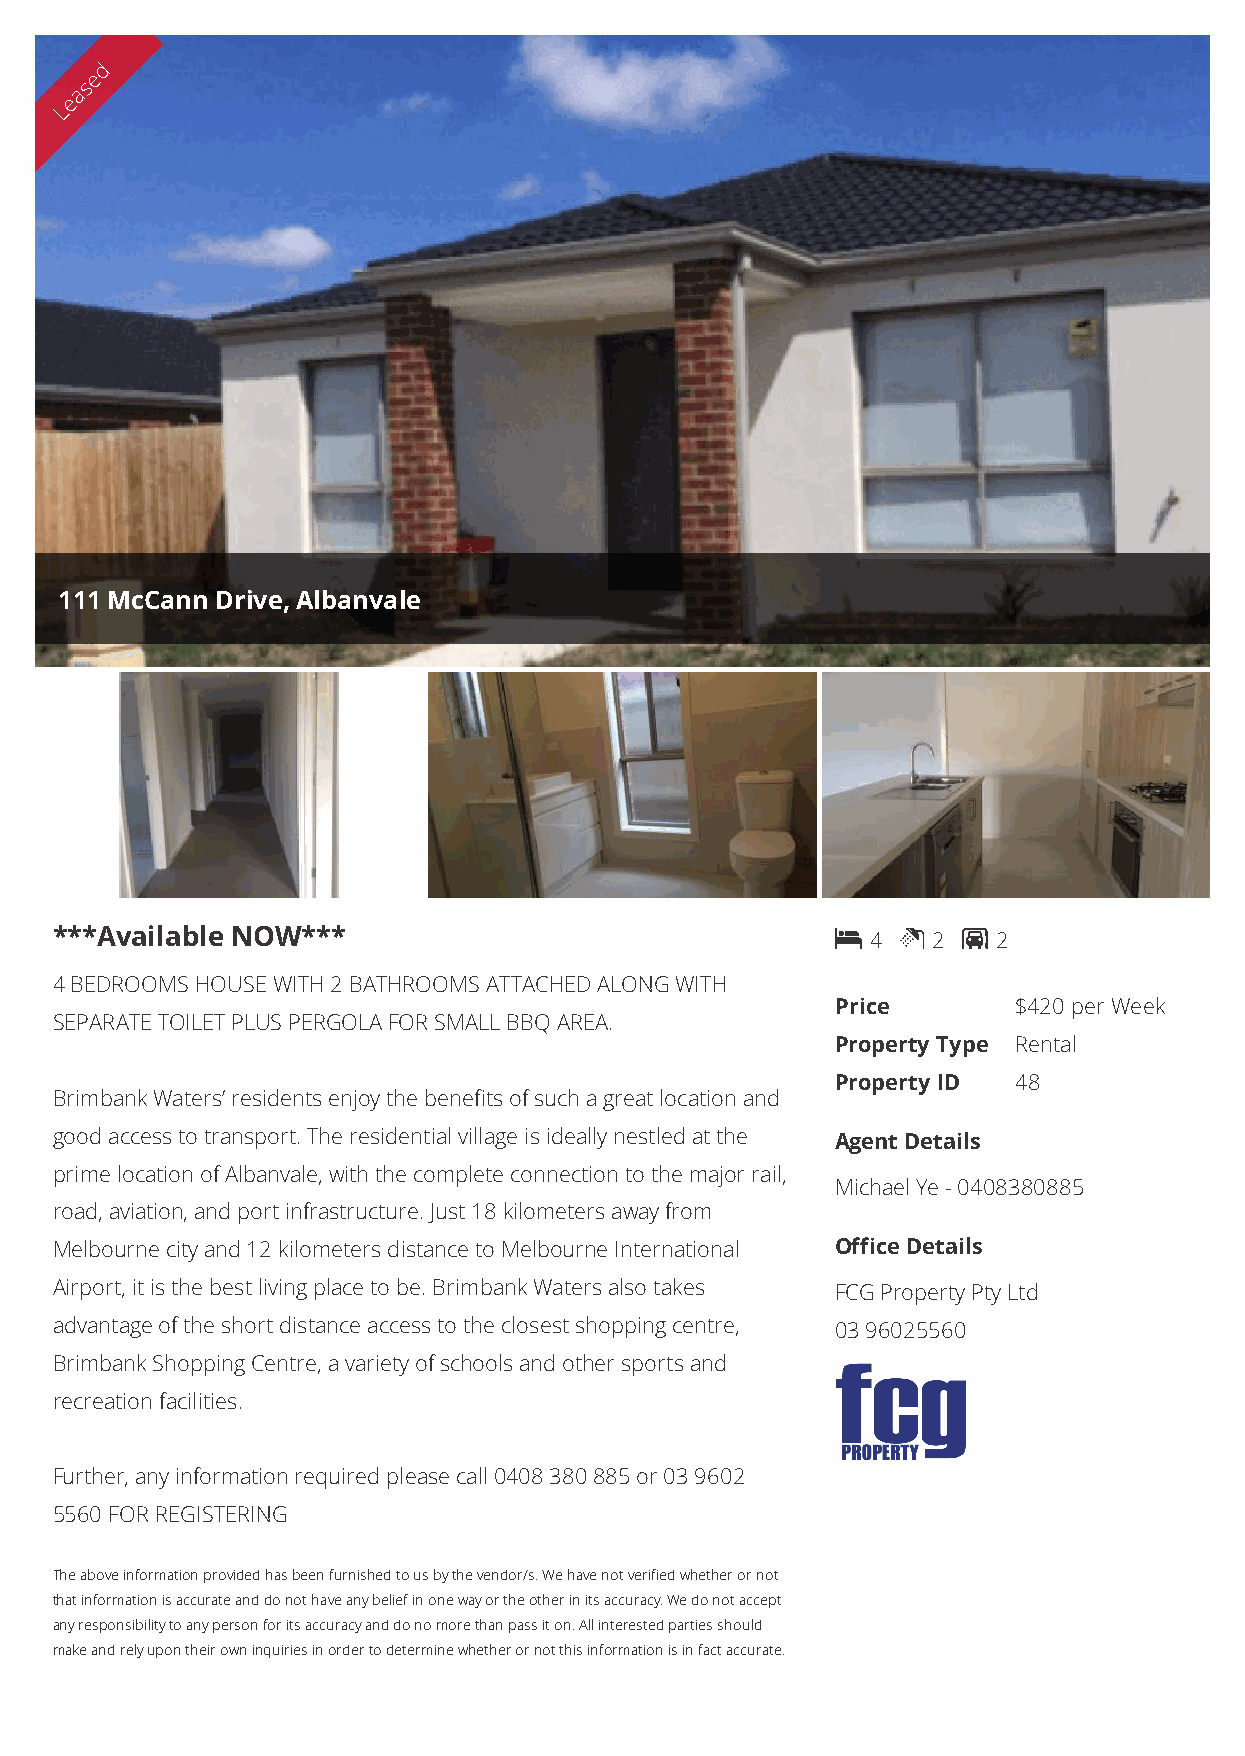
d
 e
 s
 a
 e
 L
 111 McCann Drive, Albanvale
 ***Available NOW***                                   4  2  2
 4 BEDROOMS HOUSE WITH 2 BATHROOMS ATTACHED ALONG WITH
 Price       $420 per Week
 SEPARATE TOILET PLUS PERGOLA FOR SMALL BBQ AREA.
 Property Type Rental
 Property ID 48
 Brimbank Waters’ residents enjoy the benefits of such a great location and
 good access to transport. The residential village is ideally nestled at the Agent Details
 prime location of Albanvale, with the complete connection to the major rail,
 Michael Ye - 0408380885
 road, aviation, and port infrastructure. Just 18 kilometers away from
 Melbourne city and 12 kilometers distance to Melbourne International Office Details
 Airport, it is the best living place to be. Brimbank Waters also takes FCG Property Pty Ltd
 advantage of the short distance access to the closest shopping centre, 03 96025560
 Brimbank Shopping Centre, a variety of schools and other sports and
 recreation facilities.
 Further, any information required please call 0408 380 885 or 03 9602
 5560 FOR REGISTERING
 The above information provided has been furnished to us by the vendor/s. We have not verified whether or not
 that information is accurate and do not have any belief in one way or the other in its accuracy. We do not accept
 any responsibility to any person for its accuracy and do no more than pass it on. All interested parties should
 make and rely upon their own inquiries in order to determine whether or not this information is in fact accurate.